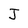
Character: J